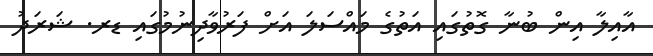
އާއިލާ އިން ބުނާ ގޮތުގައި އަތުގެ މައްސަލަ އަށް ފަރުވާދިނުމުގައި ޑރ. ޝަރަދު